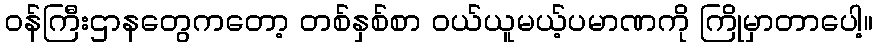
ဝန်ကြီးဌာနတွေကတော့ တစ်နှစ်စာ ဝယ်ယူမယ့်ပမာဏကို ကြိုမှာတာပေါ့။